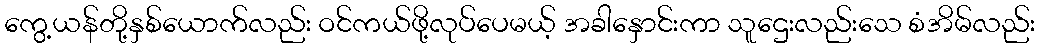
ကွေ့ယန်တို့နှစ်ယောက်လည်း ဝင်ကယ်ဖို့လုပ်ပေမယ့် အခါနှောင်းကာ သူဌေးလည်းသေ စံအိမ်လည်း